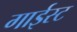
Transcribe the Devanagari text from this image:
गाईस्ट